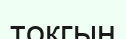
токгың